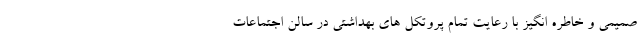
صمیمی و خاطره انگیز با رعایت تمام پروتکل های بهداشتی در سالن اجتماعات